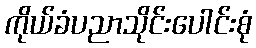
ကိုယ်ခံပညာသိုင်းပေါင်းစုံ